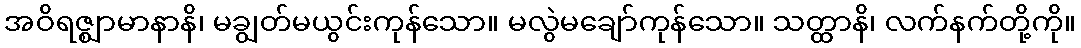
အဝိရဇ္ဈာမာနာနိ၊ မချွတ်မယွင်းကုန်သော။ မလွဲမချော်ကုန်သော။ သတ္ထာနိ၊ လက်နက်တို့ကို။